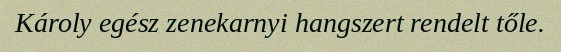
Károly egész zenekarnyi hangszert rendelt tőle.